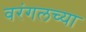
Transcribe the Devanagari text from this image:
वरंगलच्या